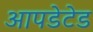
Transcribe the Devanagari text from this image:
आपडेटेड